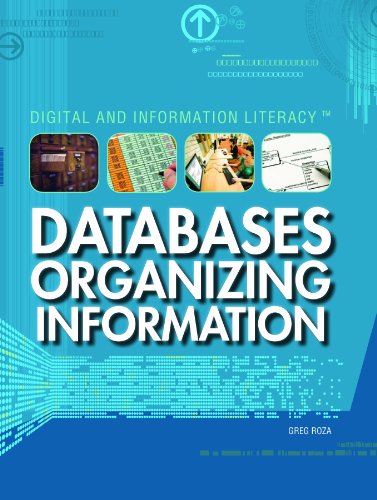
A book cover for Databases: Organizing Information (Digital & Information Literacy); Greg Roza; Children's Books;